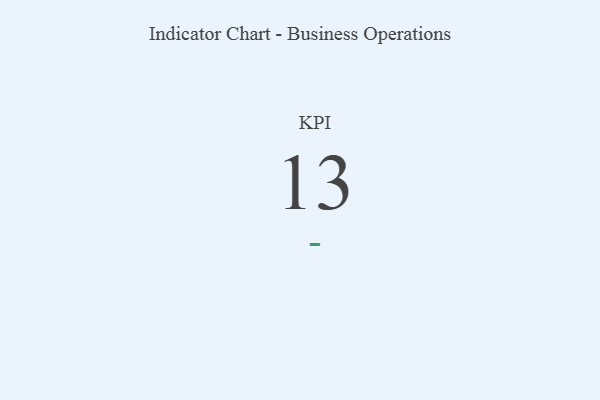
{"axis": {"x": "KPI", "y": "Value"}, "legend": [""], "data": [{"x": "KPI", "y": 13, "type": ""}]}